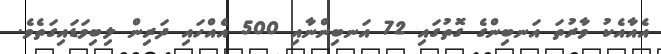
އެއާއެކު ވާރުތަ އަނބިންގެ ގޮތުގައި 72 އަނބިންނާއި 500 އެއްހައި ދަރިން ލިބިވަޑައިގަތެވެ.